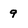
Character: 9